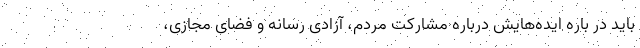
باید در باره ایده‌هایش درباره مشارکت مردم، آزادی رسانه و فضای مجازی،